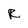
Character: r